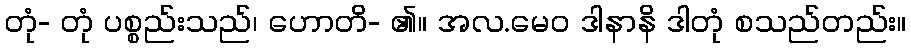
တုံ- တုံ ပစ္စည်းသည်၊ ဟောတိ- ၏။ အလ.မေဝ ဒါနာနိ ဒါတုံ စသည်တည်း။